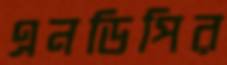
এনডিপির